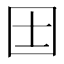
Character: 𡆮